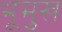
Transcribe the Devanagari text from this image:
भूमुख